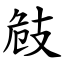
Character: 㩻